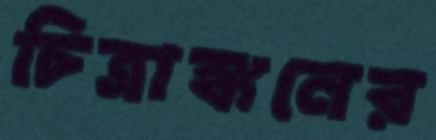
চিত্রাঙ্কনের